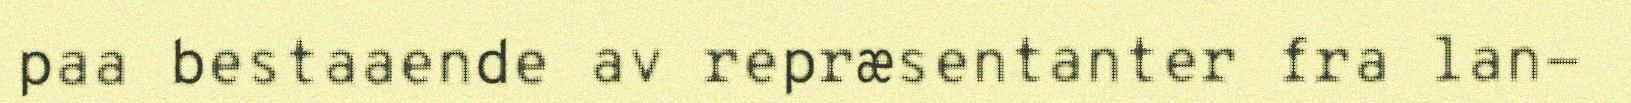
paa bestaaende av repræsentanter fra lan-